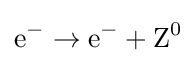
\mathrm {e} ^{-}\to \mathrm {e} ^{-}+\mathrm {Z} ^{0}